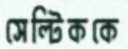
সেল্টিককে